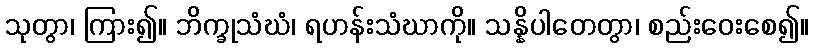
သုတွာ၊ ကြား၍။ ဘိက္ခုသံဃံ၊ ရဟန်းသံဃာကို။ သန္နိပါတေတွာ၊ စည်းဝေးစေ၍။